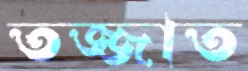
তজ্জাত